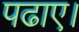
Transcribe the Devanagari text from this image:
पढाए।